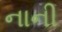
નાની